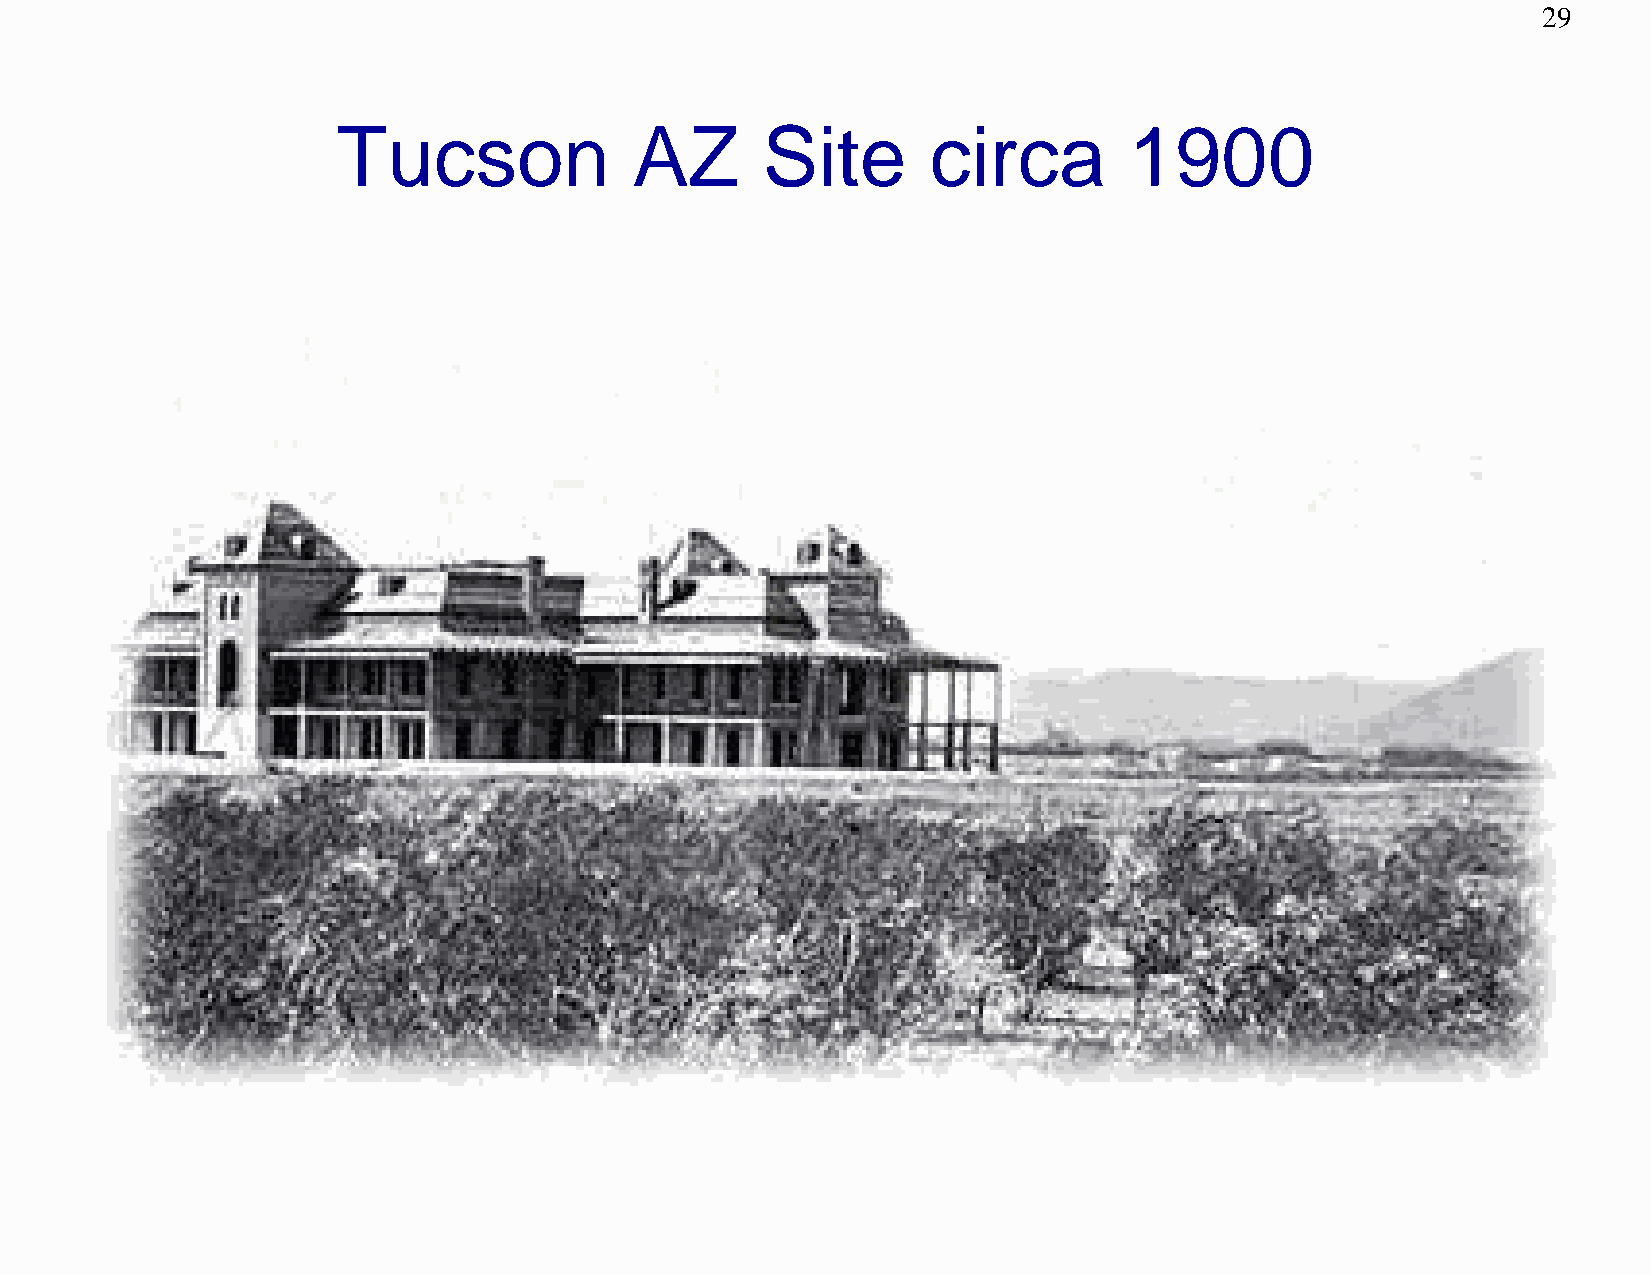
29
 Tucson              AZ      Site       circa         1900